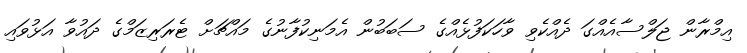
އިމްރާން ޖަލްސާއެއްގަ ދެއްކެވި ވާހަކަފުޅެއްގެ ސަބަބުން އެމަނިކުފާނުގެ މައްޗަށް ޓެރަރިޒަމްގެ ދައުވާ އަޅުވައި